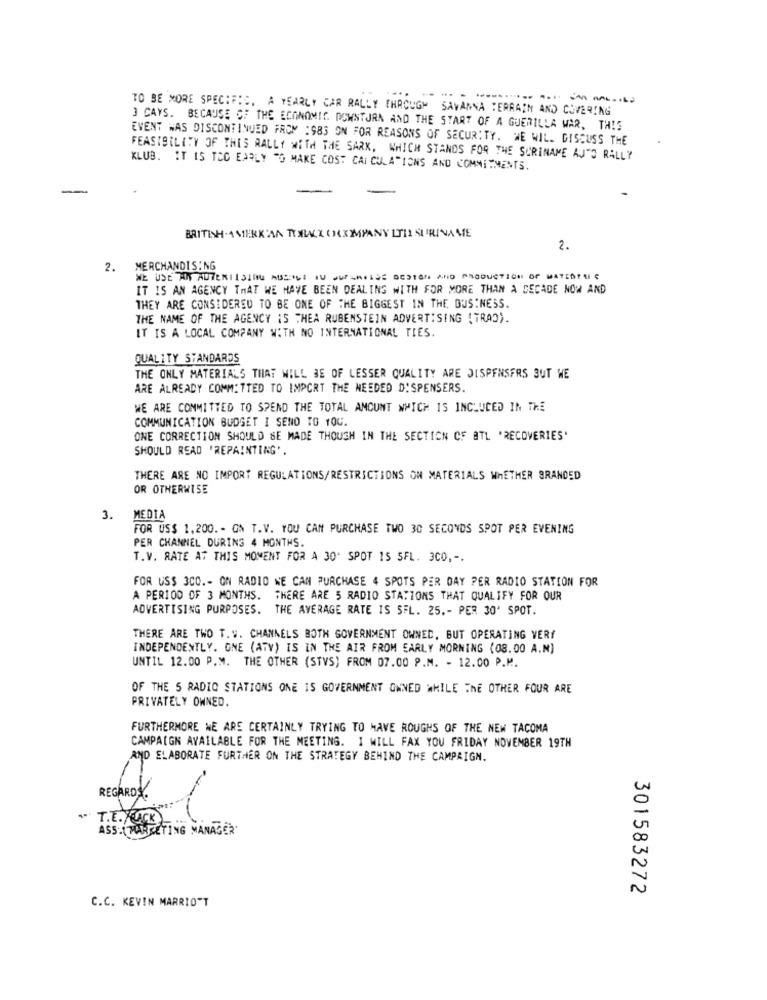
====--------
TO BE MORE SPECIFIC. A YEARLY CAR RALLY THROUGH SAVANNA TERRAIN AND COVERING
3 CAYS. BECAUSE OF THE ECONOMIC DOWNTURN AND THE START OF A GUERILLA WAR, THIS
EVENT WAS DISCONTINUED FROM :983 ON FOR REASONS OF SECURITY. WE WILL DISCUSS THE
FEASIBILITY OF THES RALLY WITH THE SARK, WHICH STANDS FOR THE SURINAME AUTO RALLY
KLUB. IT IS TOC EXPLY "O MAKE COST CALCULATIONS AND COMMITMENTS.
-
BRITISH. A MERKAN TUBACXOX MPANY LTIL SURINAME
2.
2.
MERCHANDISING
WE USE AIN AUTERIISING AUSOLI IN JUPLATIGE DESIGN AND PRODUCTION OF MATERIAL
IT IS AN AGENCY THAT WE HAVE BEEN DEALING WITH FOR MORE THAN A DECADE NOW AND
THEY ARE CONSIDERED TO BE ONE OF THE BIGGEST IN THE BUSINESS.
THE NAME OF THE AGENCY IS THEA RUBENSTEIN ADVERTISING (TRAD).
IT IS A LOCAL COMPANY WITH NO INTERNATIONAL TIES.
QUALITY STANDARDS
THE ONLY MATERIALS THAT WILL BE OF LESSER QUALITY ARE DISPENSERS BUT WE
ARE ALREADY COMMITTED TO IMPORT THE NEEDED DISPENSERS.
WE ARE COMMITTED TO SPEND THE TOTAL AMOUNT WHICH IS INCLUDED IN THE
COMMUNICATION BUDGET I SENO TO YOU.
ONE CORRECTION SHOULD BE MADE THOUGH IN THE SECTION CF BTL 'RECOVERIES'
SHOULD READ 'REPAINTING'.
THERE ARE NO IMPORT REGULATIONS/RESTRICTIONS ON MATERIALS WHETHER BRANDED
OR OTHERWISE
3.
MEDIA
FOR US$ 1,200. - ON T.V. YOU CAN PURCHASE TWO 30 SECONDS SPOT PER EVENING
PER CHANNEL DURING 4 MONTHS.
T.V. RATE AT THIS MOMENT FOR A 30" SPOT 15 SFL. 3CO ,-.
FOR US$ 3CO .- ON RADIO WE CAN PURCHASE 4 SPOTS PER DAY PER RADIO STATION FOR
A PERIOD OF 3 MONTHS. THERE ARE 5 RADIO STATIONS THAT QUALIFY FOR OUR
ADVERTISING PURPOSES. THE AVERAGE RATE IS SFL. 25 .- PER 30' SPOT.
THERE ARE TWO T. V. CHANNELS BOTH GOVERNMENT OWNED, BUT OPERATING VERY
INDEPENDENTLY. GNE (ATV) IS IN THE AIR FROM EARLY MORNING (08.00 A.M)
UNTIL 12.00 P.M. THE OTHER (STVS) FROM 07.00 P.M. - 12.00 P.M.
OF THE 5 RADIO STATIONS ONE IS GOVERNMENT OWNED WHILE THE OTHER FOUR ARE
PRIVATELY OWNED.
FURTHERMORE WE ARE CERTAINLY TRYING TO HAVE ROUGHS OF THE NEW TACOMA
CAMPAIGN AVAILABLE FOR THE MEETING. I WILL FAX YOU FRIDAY NOVEMBER 19TH
AND ELABORATE FURTHER ON THE STRATEGY BEHIND THE CAMPAIGN.
REGARDS
T.E. YUCK
ASS: MARKETING MANAGER
301583272
C.C. KEVIN MARRIOTT